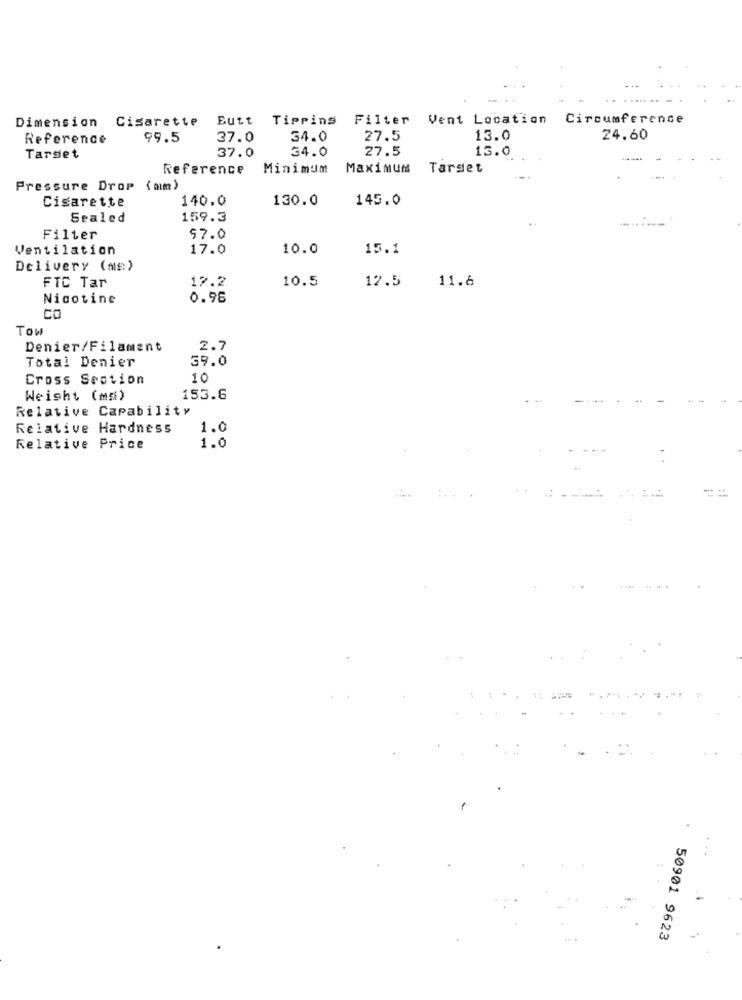
Dimension Cisarette
Butt Tipping Filter
Vent Location
Circumference
Reference
99.5
37.0
34.0
27.5
13.0
24.60
37.0
34.0
27.5
13.0
Target
Reference
Minimum Maximum Target
Pressure Drop ( mm)
Cigarette
140.0
130.0
145.0
Sealed
159.3
Filter
57.0
Ventilation
17.0
10.0
15.1
Delivery (ms)
FTC Tar
12.2
10.5
12.5
11.6
Nicotine
0.96
CO
Tow
Denier/Filament
2.7
Total Denier
39.0
Cross Section
10
Weight (md)
153.6
Relative Capability
Relative Hardness
1.0
Relative Price
1.0
50901 9623